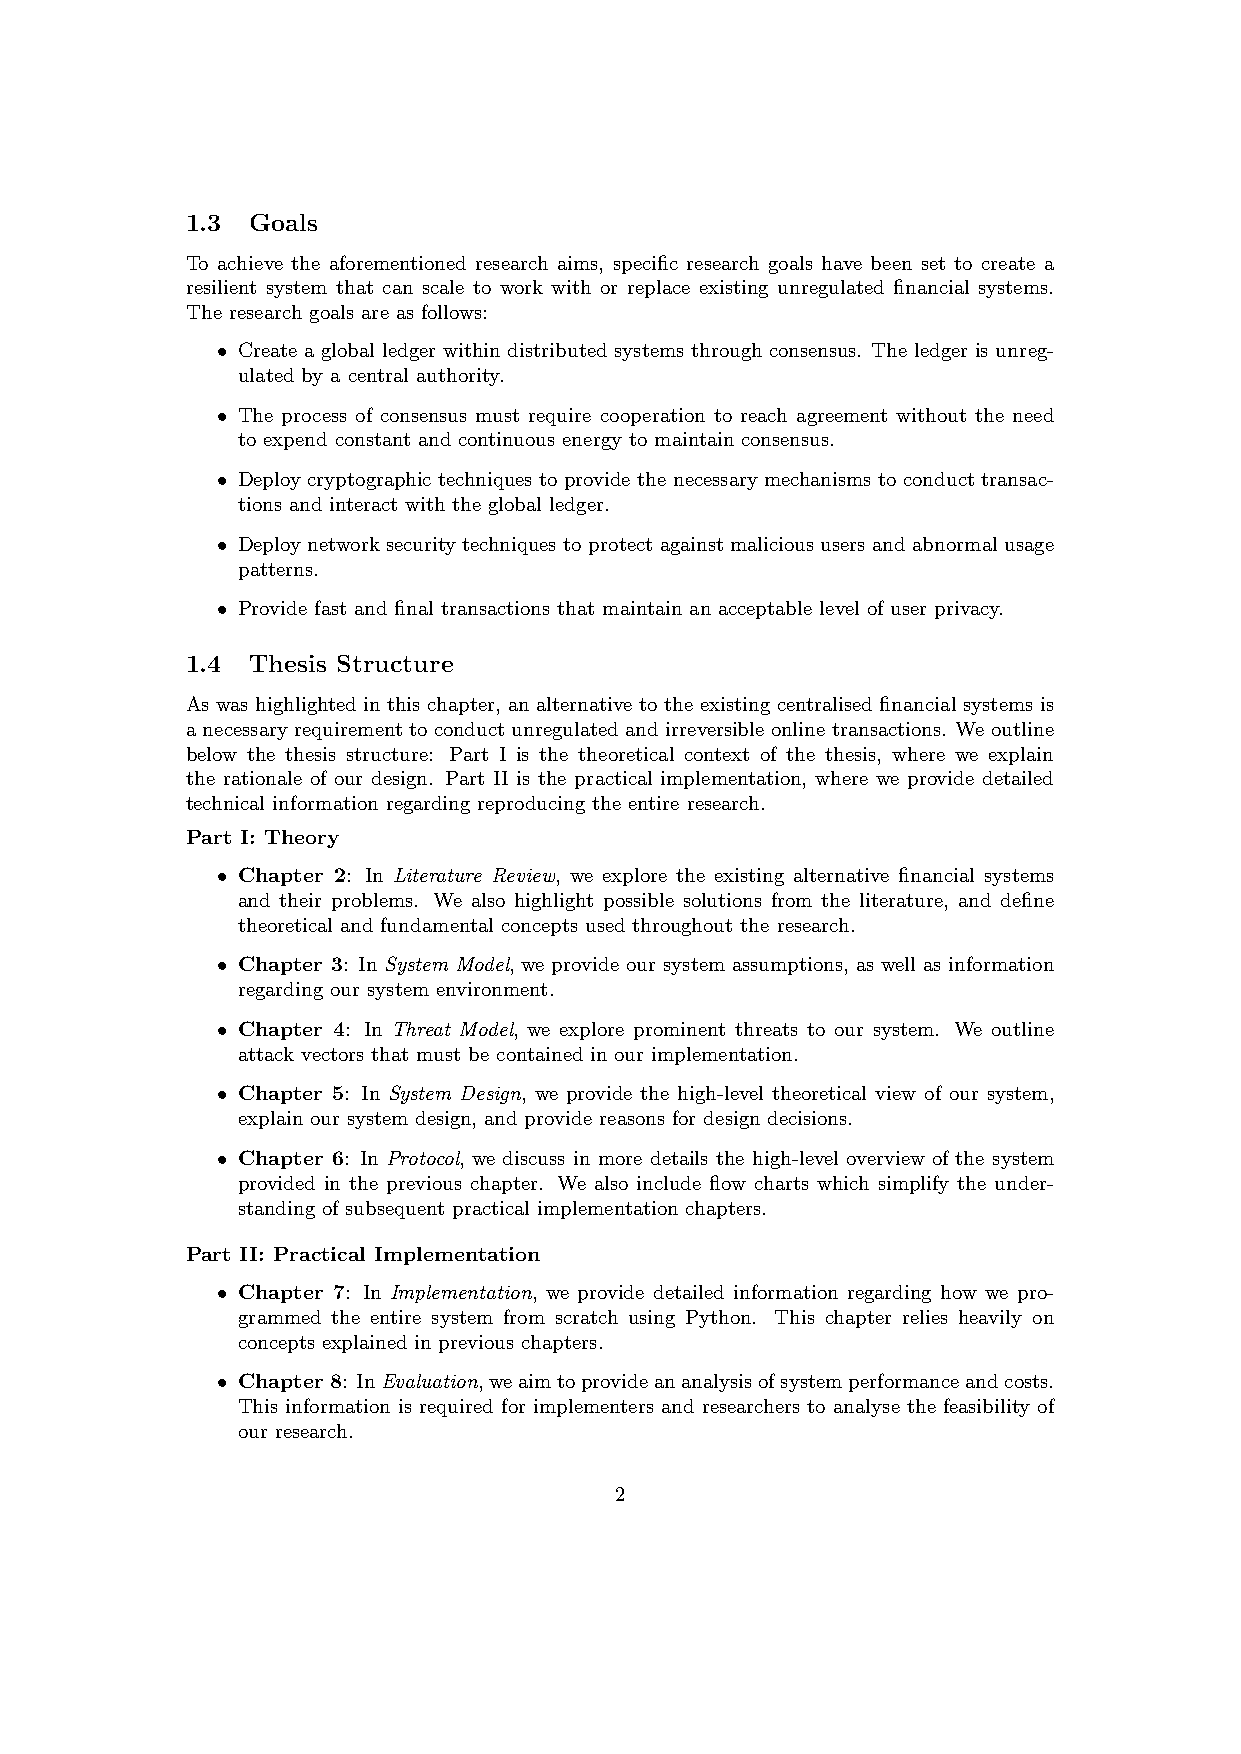
1.3  Goals
 To achieve the aforementioned research aims, specific research goals have been set to create a
 resilient system that can scale to work with or replace existing unregulated financial systems.
 The research goals are as follows:
 • Create a global ledger within distributed systems through consensus. The ledger is unreg-
 ulated by a central authority.
 • The process of consensus must require cooperation to reach agreement without the need
 to expend constant and continuous energy to maintain consensus.
 • Deploy cryptographic techniques to provide the necessary mechanisms to conduct transac-
 tions and interact with the global ledger.
 • Deploy network security techniques to protect against malicious users and abnormal usage
 patterns.
 • Provide fast and final transactions that maintain an acceptable level of user privacy.
 1.4  Thesis Structure
 As was highlighted in this chapter, an alternative to the existing centralised financial systems is
 a necessary requirement to conduct unregulated and irreversible online transactions. We outline
 below the thesis structure: Part I is the theoretical context of the thesis, where we explain
 the rationale of our design. Part II is the practical implementation, where we provide detailed
 technical information regarding reproducing the entire research.
 Part I: Theory
 • Chapter 2: In Literature Review, we explore the existing alternative financial systems
 and their problems. We also highlight possible solutions from the literature, and define
 theoretical and fundamental concepts used throughout the research.
 • Chapter 3: In System Model, we provide our system assumptions, as well as information
 regarding our system environment.
 • Chapter 4: In Threat Model, we explore prominent threats to our system. We outline
 attack vectors that must be contained in our implementation.
 • Chapter 5: In System Design, we provide the high-level theoretical view of our system,
 explain our system design, and provide reasons for design decisions.
 • Chapter 6: In Protocol, we discuss in more details the high-level overview of the system
 provided in the previous chapter. We also include flow charts which simplify the under-
 standing of subsequent practical implementation chapters.
 Part II: Practical Implementation
 • Chapter 7: In Implementation, we provide detailed information regarding how we pro-
 grammed the entire system from scratch using Python. This chapter relies heavily on
 concepts explained in previous chapters.
 • Chapter 8: InEvaluation,weaimtoprovideananalysisofsystemperformanceandcosts.
 This information is required for implementers and researchers to analyse the feasibility of
 our research.
 2